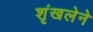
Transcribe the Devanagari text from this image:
शृंखलेने